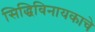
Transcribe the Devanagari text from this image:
सिद्धिविनायकाचे